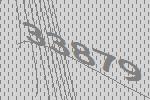
33879